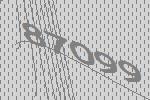
87099